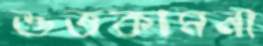
শুভকামনা